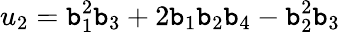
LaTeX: u_{2}=\mathtt{b}_{1}^{2}\mathtt{b}_{3}+2\mathtt{b}_{1}\mathtt{b}_{2}\mathtt{b}_{4}-\mathtt{b}_{2}^{2}\mathtt{b}_{3}